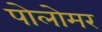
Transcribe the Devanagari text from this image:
पोलोमर